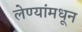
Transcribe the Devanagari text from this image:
लेण्यांमधून